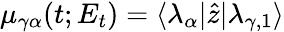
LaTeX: \mu_{\gamma\alpha}(t;E_{t})=\langle\lambda_{\alpha}|\hat{z}|\lambda_{\gamma,1}\rangle